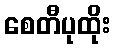
စေတီပုထိုး